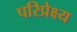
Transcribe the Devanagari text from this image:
परिप्रेक्ष्‍य